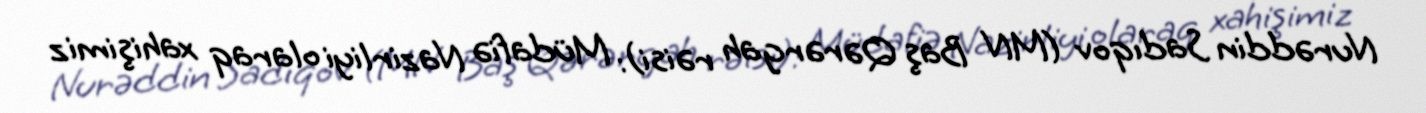
Nurəddin Sadıqov (MN Baş Qərərgah rəisi): Müdafiə Nazirliyi olaraq xahişimiz